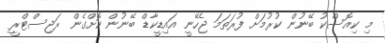
މި ކިއޮސްކު ބޭނުން ކުރުމަށް ފުރަތަމަ ޖެހޭނީ އައިޑީކާޑް ބޭނުން ކޮށްގެން ރަޖިސްޓްރީ